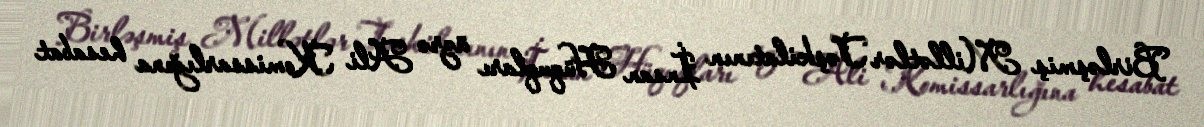
Birləşmiş Millətlər Təşkilatının İnsan Hüquqları üzrə Ali Komissarlığına hesabat